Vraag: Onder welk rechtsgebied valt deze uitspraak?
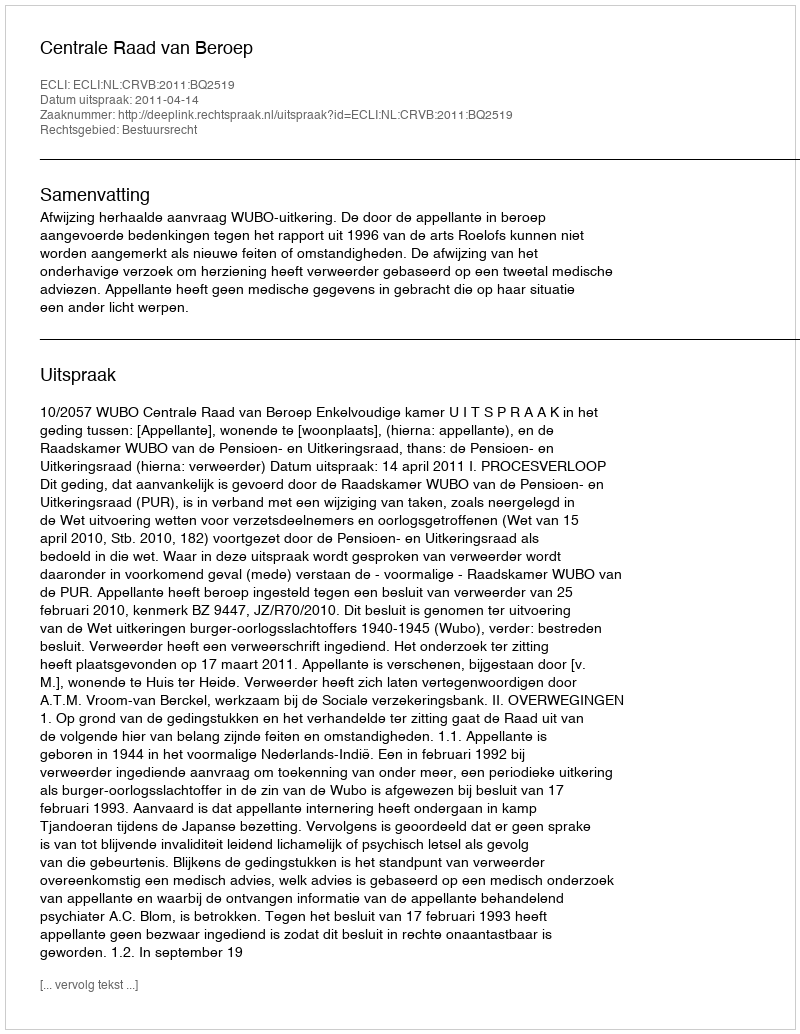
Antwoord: Bestuursrecht